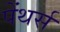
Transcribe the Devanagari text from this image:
पेंथर्स